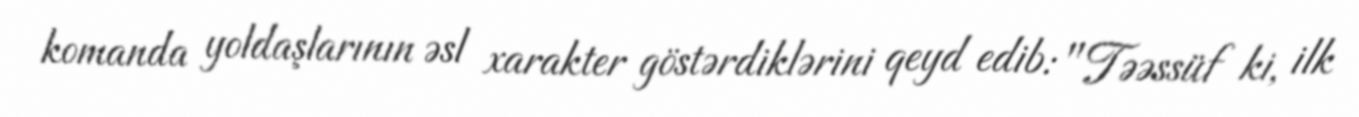
komanda yoldaşlarının əsl xarakter göstərdiklərini qeyd edib: "Təəssüf ki, ilk